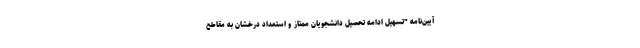
آیین‌نامه "تسهیل ادامه تحصیل دانشجویان ممتاز و استعداد درخشان به مقاطع